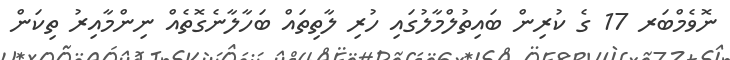
ނޮވެމްބަރ 17 ގެ ކުރިން ބައިތުލްމާލުގައި ހުރި ލާތިތައް ބަހާލާނެގޮތެއް ނިންމާއިރު ތިކަން